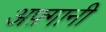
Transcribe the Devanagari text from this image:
अफ़्गानी